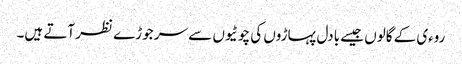
روءی کے گالوں جیسے بادل پہاڑوں کی چوٹیوں سے سر جوڑے نظر آتے ہیں۔